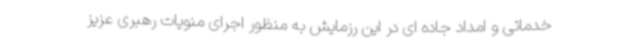
خدماتی و امداد جاده ای در این رزمایش به منظور اجرای منویات رهبری عزیز